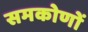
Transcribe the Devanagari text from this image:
समकोणों